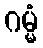
ဂမ္မံ